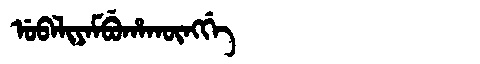
Manchu: ᡠᠪᠠᠯᡳᠶᠠᠮᠪᡠᡥᠠᡴᡡᠩᡤᡝ
Romanization: UBALIYAMBUHAKŪNGGE